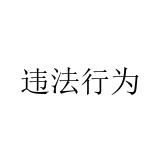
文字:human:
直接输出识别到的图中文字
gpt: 违法行为